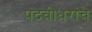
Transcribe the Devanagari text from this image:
पदवीधरांचे